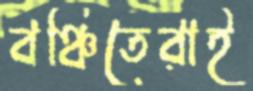
বঞ্চিতেরাই